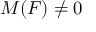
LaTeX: M ( F ) \neq 0